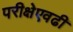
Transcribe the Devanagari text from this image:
परीक्षेएवढी